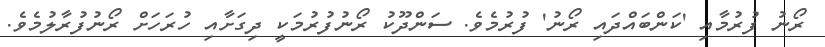
ރޯނު ފުރުމާއި 'ކަންބައްދައި ރޯނު' ފުރުމެވެ. ސަންދޫކު ރޯނުފުރުމަކީ ދިގަށާއި ހުރަހަށް ރޯނުފުރާލުމެވެ.